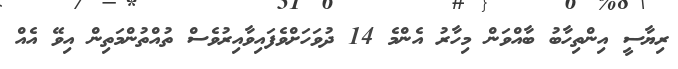
ރިޔާސީ އިންތިހާބު ބާއްވަން މިހާރު އެންމެ 14 ދުވަހަށްވެފައިވާއިރުވެސް ތުއްތުންމަތިން އިވޭ އެއް